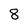
Character: 8